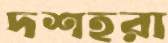
দশহরা